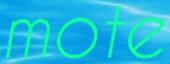
mote